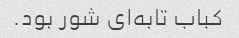
کباب تابه‌ای شور بود.